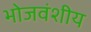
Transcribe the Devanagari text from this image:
भोजवंशीय